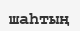
шаһтың